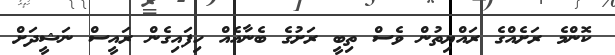
ކޮންމެ ރަށެއްގެ ރައްޔިތުން ވެސް ތިބީ ރަށުގެ ބެނާއެއް ހިފައިގެން ރައީސް ނަޝީދަށް